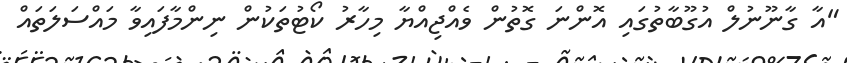
"އާ ގާނޫނުލް އުގޫބާތުގައި އޮންނަ ގޮތުން ވެއްޖިއްޔާ މިހާރު ކޯޓުތަކުން ނިންމާފައިވާ މައްސަލަތައް